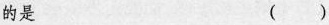
的是 ()